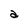
Character: a